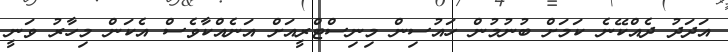
އަދަދު ދެއްކޭނެ ކަމަށް ބުނުމުން ހައުސިން މިނިސްޓްރީއަށް އަނެއްކާވެސް އެކަން މިހާރު ވަނީ